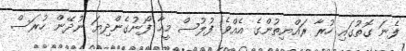
ފެނަ ގޮތުގައި ހުރާ ރައްޔިތުންގެ އެއްވެ ފުލުސް މީހާ ފޯނުގެންދިޔަ ނުދޭން ހުރަސް